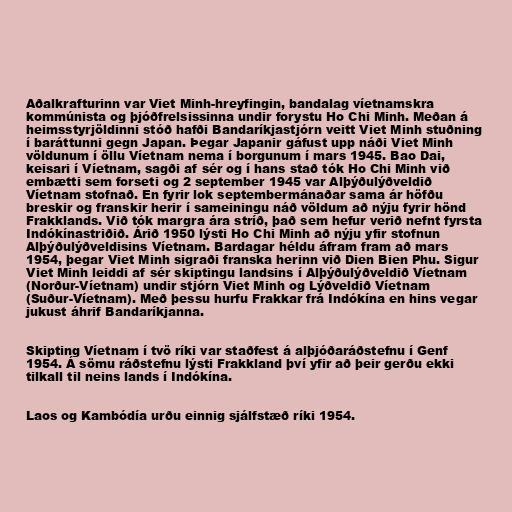
Aðalkrafturinn var Viet Minh-hreyfingin, bandalag víetnamskra
kommúnista og þjóðfrelsissinna undir forystu Ho Chi Minh. Meðan á
heimsstyrjöldinni stóð hafði Bandaríkjastjórn veitt Viet Minh stuðning
í baráttunni gegn Japan. Þegar Japanir gáfust upp náði Viet Minh
völdunum í öllu Víetnam nema í borgunum í mars 1945. Bao Dai,
keisari í Víetnam, sagði af sér og í hans stað tók Ho Chi Minh við
embætti sem forseti og 2 september 1945 var Alþýðulýðveldið
Víetnam stofnað. En fyrir lok septembermánaðar sama ár höfðu
breskir og franskir herir í sameiningu náð völdum að nýju fyrir hönd
Frakklands. Við tók margra ára stríð, það sem hefur verið nefnt fyrsta
Indókínastriðið. Árið 1950 lýsti Ho Chi Minh að nýju yfir stofnun
Alþýðulýðveldisins Víetnam. Bardagar héldu áfram fram að mars
1954, þegar Viet Minh sigraði franska herinn við Dien Bien Phu. Sigur
Viet Minh leiddi af sér skiptingu landsins í Alþýðulýðveldið Víetnam
(Norður-Víetnam) undir stjórn Viet Minh og Lýðveldið Víetnam
(Suður-Víetnam). Með þessu hurfu Frakkar frá Indókína en hins vegar
jukust áhrif Bandaríkjanna.

Skipting Víetnam í tvö ríki var staðfest á alþjóðaráðstefnu í Genf
1954. Á sömu ráðstefnu lýsti Frakkland því yfir að þeir gerðu ekki
tilkall til neins lands í Indókína.

Laos og Kambódía urðu einnig sjálfstæð ríki 1954.